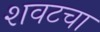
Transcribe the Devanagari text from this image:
शवटचा